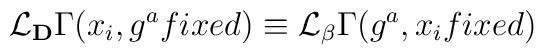
{\cal L}_{\bf D} \Gamma (x_i, g^a fixed) \equiv {\cal L}_{\bf \beta}\Gamma (g^a,x_ifixed)